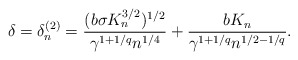
\begin{align*}\delta=\delta_n^{(2)} = \frac{(b\sigma K_n^{3/2})^{1/2}}{\gamma^{1 + 1/q} n^{1/4}} + \frac{b K_n}{\gamma^{1 + 1/q} n^{1/2-1/q}}.\end{align*}